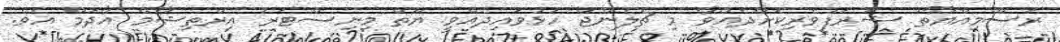
ރަސްމިއްޔާތު ޝަރަފުވެރިކޮށްދެއްވާ މި ޗެލެންޖް ހުޅުވައިދެއްވީ ޔޫތް މިނިސްޓަރު އިރްތިޝާމް އާދަމް އެެވެ.